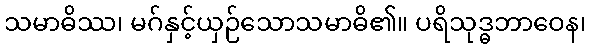
သမာဓိဿ၊ မဂ်နှင့်ယှဉ်သောသမာဓိ၏။ ပရိသုဒ္ဓဘာဝေန၊